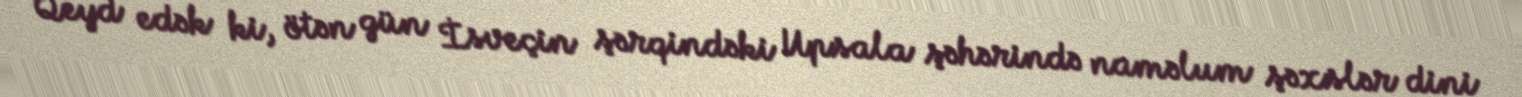
Qeyd edək ki, ötən gün İsveçin şərqindəki Upsala şəhərində naməlum şəxslər dini